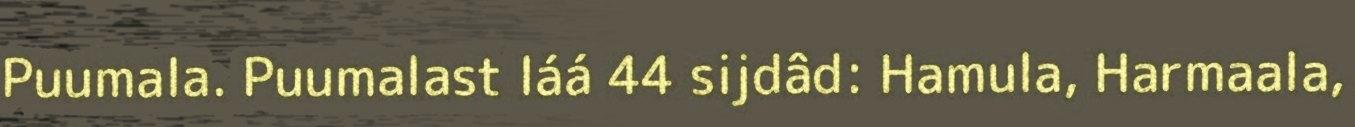
Puumala. Puumalast láá 44 sijdâd: Hamula, Harmaala,